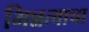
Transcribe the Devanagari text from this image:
भिन्नत्वाचा